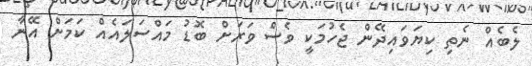
ލެބެއް ނެތި ކިޔަވައިދޭން ޖެހުމަކީ ވެސް ވަރަށް ބޮޑު މައްސަލައެއް ކަމަށް އޭނާ